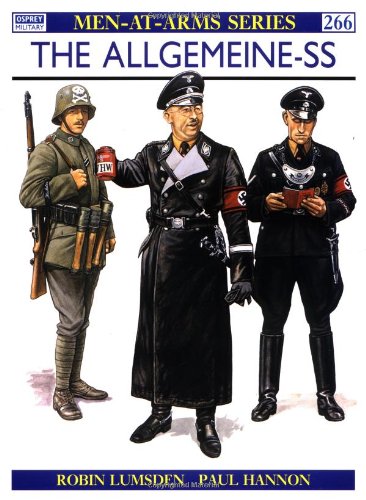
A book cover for The Allgemeine-SS (Men-At-Arms Series, 266); Robin Lumsden; History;